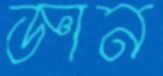
জ্ঞান